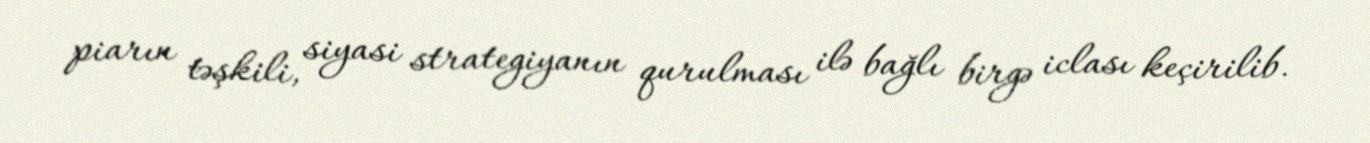
piarın təşkili, siyasi strategiyanın qurulması ilə bağlı birgə iclası keçirilib.